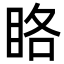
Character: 䀩